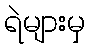
ရဲများမှ